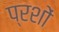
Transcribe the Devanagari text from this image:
प्रशों